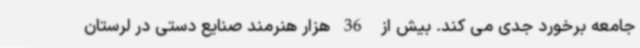
جامعه برخورد جدی می کند. بیش از  36 هزار هنرمند صنایع دستی در لرستان